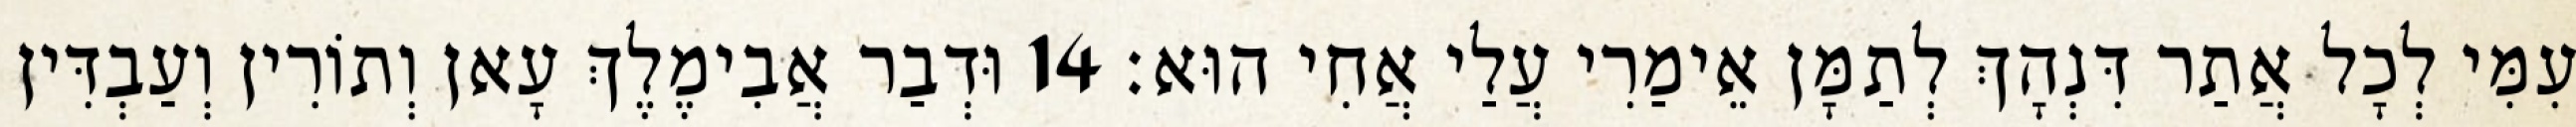
עִמִּי לְכָל אֲתַר דִּנְהָךְ לְתַמָּן אֵימַרִי עֲלַי אֲחִי הוּא׃ 14 וּדְבַר אֲבִימֶלֶךְ עָאן וְתוֹרִין וְעַבְדִּין